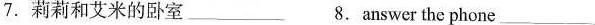
7.莉莉和艾米的卧室___ 8.answer the phone___